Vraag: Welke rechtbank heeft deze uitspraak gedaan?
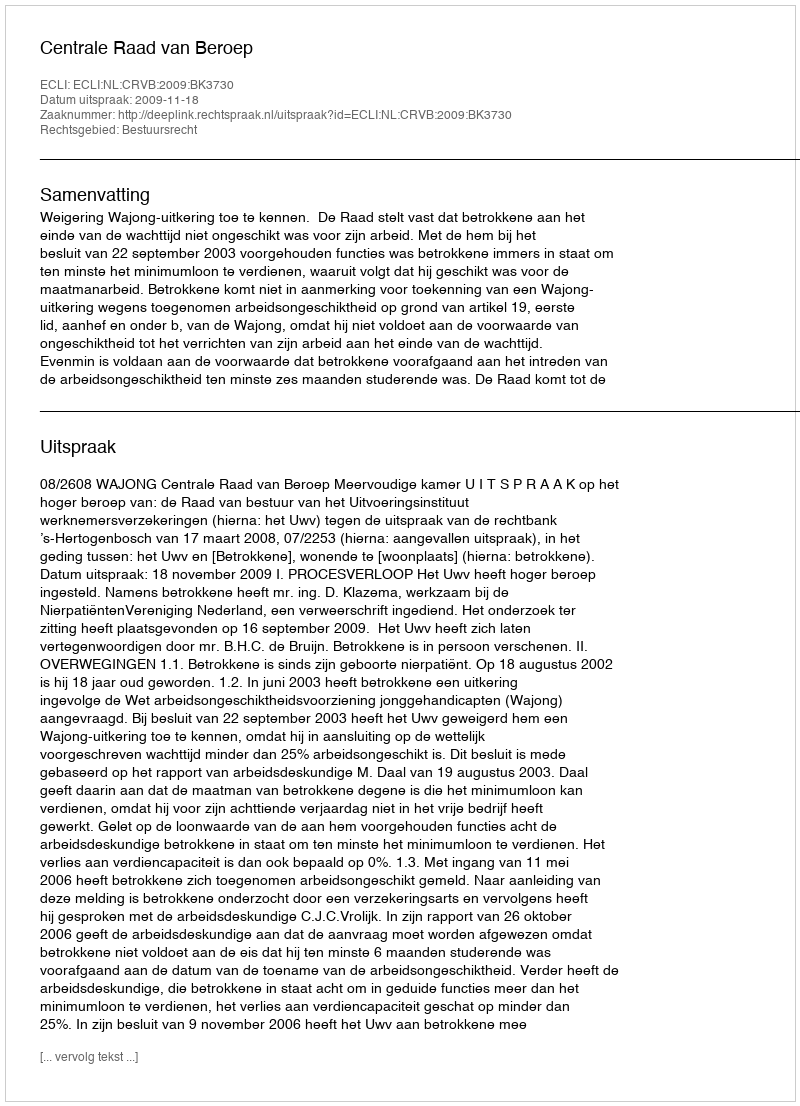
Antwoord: Centrale Raad van Beroep